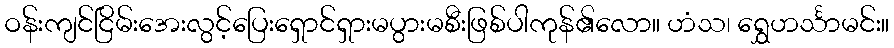
ဝန်းကျင်ငြိမ်းအေးလွင့်ပြေးရှောင်ရှားမပွားမစီးဖြစ်ပါကုန်၏လော။ ဟံသ၊ ရွှေဟင်္သာမင်း။